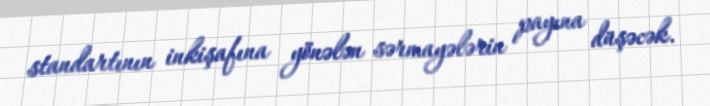
standartının inkişafına yönələn sərmayələrin payına düşəcək.